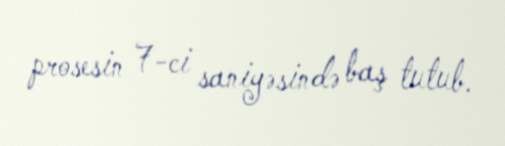
prosesin 7-ci saniyəsində baş tutub.